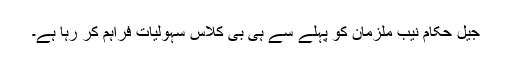
جیل حکام نیب ملزمان کو پہلے سے ہی بی کلاس سہولیات فراہم کر رہا ہے۔